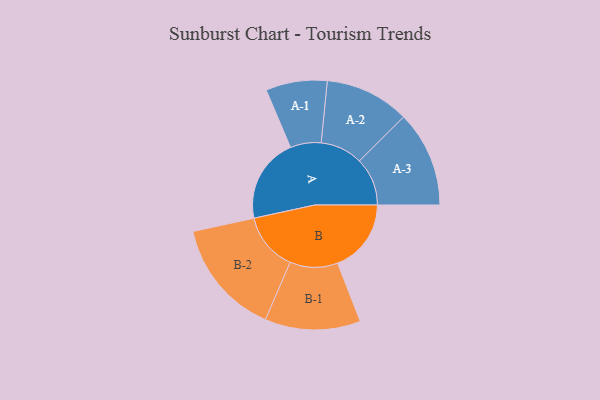
{"axis": {"x": "Segment", "y": "Value"}, "legend": ["", "A", "B"], "data": [{"x": "A", "y": 431, "type": ""}, {"x": "B", "y": 374, "type": ""}, {"x": "A-1", "y": 156, "type": "A"}, {"x": "A-2", "y": 215, "type": "A"}, {"x": "A-3", "y": 244, "type": "A"}, {"x": "B-1", "y": 243, "type": "B"}, {"x": "B-2", "y": 296, "type": "B"}]}